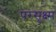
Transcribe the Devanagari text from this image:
परसूक्ष्म